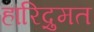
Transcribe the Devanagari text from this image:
हारिद्रुमत